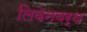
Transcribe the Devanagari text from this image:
लिवेनवर्थ